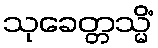
သုခေတ္တသ္မိံ